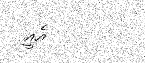
އެއީ